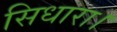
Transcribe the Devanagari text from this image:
सिधारा।